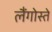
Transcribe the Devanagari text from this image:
लैंगोस्ते